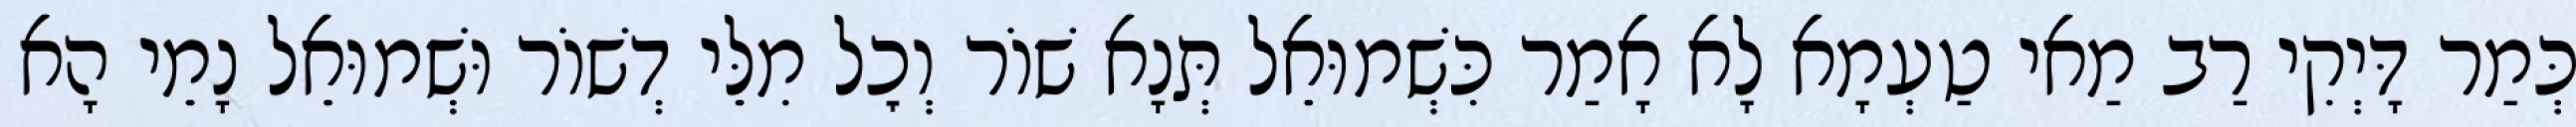
כְּמַר דָּיְקִי רַב מַאי טַעְמָא לָא אָמַר כִּשְׁמוּאֵל תְּנָא שׁוֹר וְכׇל מִלֵּי דְשׁוֹר וּשְׁמוּאֵל נָמֵי הָא